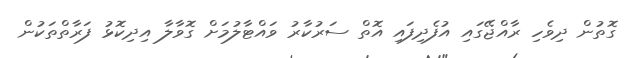
ގޮތުން ދިވެހި ރާއްޖޭގައި އުފެދިފައި އޮތް ސަރުކާރު ވައްޓާލުމަށް ގޮވާލާ އިދިކޮޅު ފަރާތްތަކުން